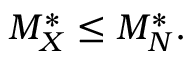
M _ { X } ^ { * } \le M _ { N } ^ { * } .